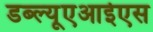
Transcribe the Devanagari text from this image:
डब्ल्यूएआईएस